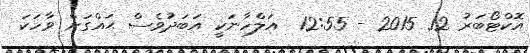
އޮކްޓޯބަރު 12